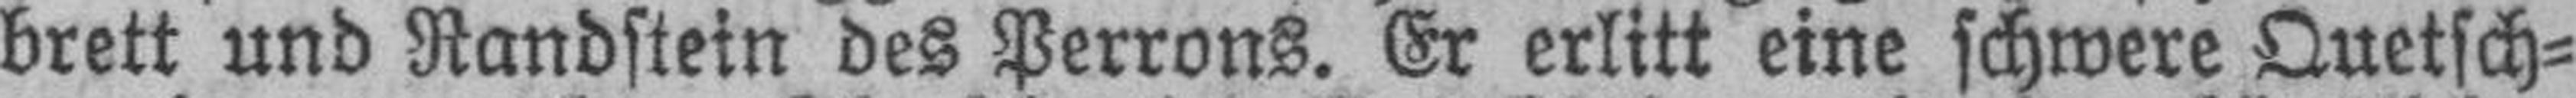
brett und Randstein des Perrons. Er erlitt eine schwere Quetsch¬